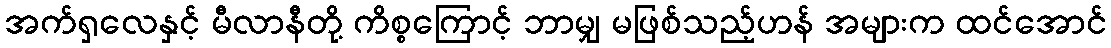
အက်ရှလေနှင့် မီလာနီတို့ ကိစ္စကြောင့် ဘာမျှ မဖြစ်သည့်ဟန် အများက ထင်အောင်